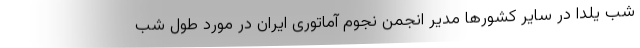
شب یلدا در سایر کشورها مدیر انجمن نجوم آماتوری ایران در مورد طول شب